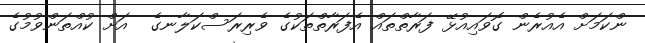
ންކަމަށް އެއުރެން ގޮވައިއުޅޭ ފަރާތްތައް އެފަރާތްތަކުގެ ވެރިރަސްކަލާނގެ  އަށް ކުއްތަންވުމުގެ